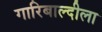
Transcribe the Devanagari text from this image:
गारिबाल्दीला